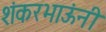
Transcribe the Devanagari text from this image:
शंकरभाऊंनी